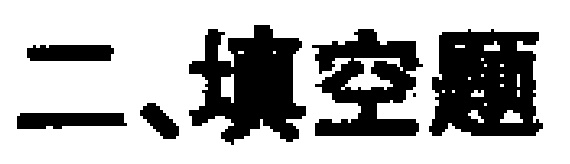
二、填空题